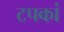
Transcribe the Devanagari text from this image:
टपकां